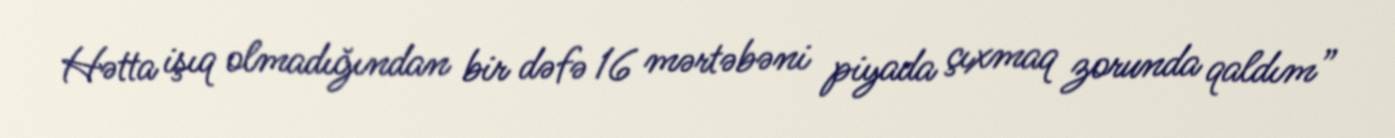
Hətta işıq olmadığından bir dəfə 16 mərtəbəni piyada çıxmaq zorunda qaldım”